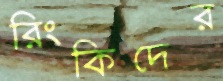
রিংকিদের